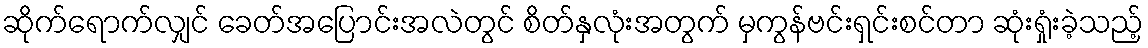
ဆိုက်ရောက်လျှင် ခေတ်အပြောင်းအလဲတွင် စိတ်နှလုံးအတွက် မှကွန်ဗင်းရှင်းစင်တာ ဆုံးရှုံးခဲ့သည့်